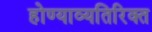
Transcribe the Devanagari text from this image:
होण्याव्यतिरिक्त